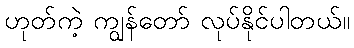
ဟုတ်ကဲ့ ကျွန်တော် လုပ်နိုင်ပါတယ်။